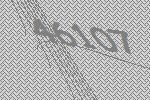
46107